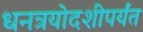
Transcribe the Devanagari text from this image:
धनत्रयोदशीपर्यंत